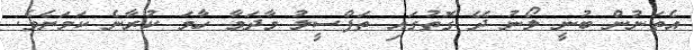
އެތަނުން ބުނީ ލޯނު ދޭ ގޮތުގައި ތަފްސީލު މާދަމާ ހާމަ ކުރާނެ ކަމަށެވެ.